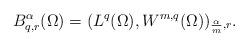
LaTeX: \begin{align*}B_{q,r}^{\alpha}(\Omega)=(L^{q}(\Omega),W^{m,q}(\Omega))_{\frac{\alpha}{m},r}.\end{align*}